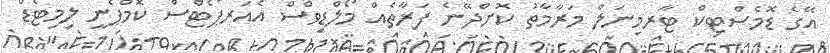
އޭގެ ޑޮމެސްޓިކް ޓާރމިނަލް މަރާމާތު ކޮށްދޭނެ ފަރާތެއް މޯލްޑިވްސް އެއަރޕޯޓްސް ކޮމްޕެނީ ލިމިޓެޑް